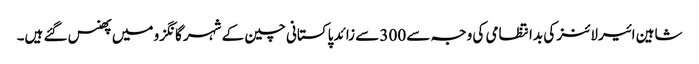
شاہین ائیرلائنز کی بدانتظامی کی وجہ سے 300 سے زائد پاکستانی چین کے شہر گانگزو میں پھنس گئے ہیں۔